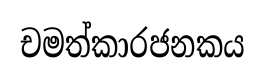
චමත්කාරජනකය